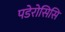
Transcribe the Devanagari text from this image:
पडेरोसिसि